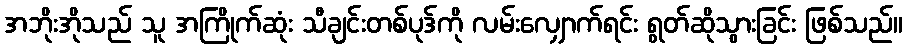
အဘိုးအိုသည် သူ အကြိုက်ဆုံး သီချင်းတစ်ပုဒ်ကို လမ်းလျှောက်ရင်း ရွတ်ဆိုသွားခြင်း ဖြစ်သည်။